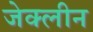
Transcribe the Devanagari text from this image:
जेक्लीन